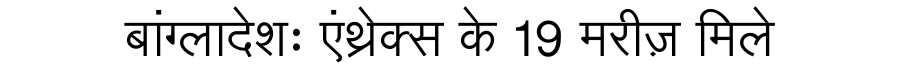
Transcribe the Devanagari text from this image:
बांग्लादेशः एंथ्रेक्स के 19 मरीज़ मिले